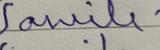
Signature authenticity: forged